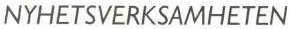
NYHETSVERKSAMHETEN